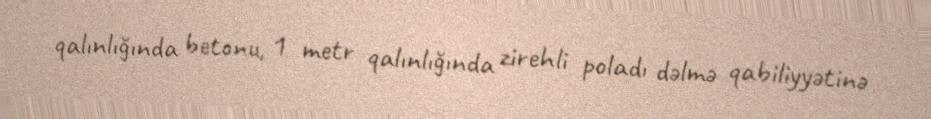
qalınlığında betonu, 1 metr qalınlığında zirehli poladı dəlmə qabiliyyətinə